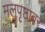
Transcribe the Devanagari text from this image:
मलपृष्ठावर